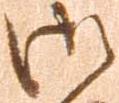
御